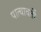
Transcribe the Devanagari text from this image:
पात्यावर्ती